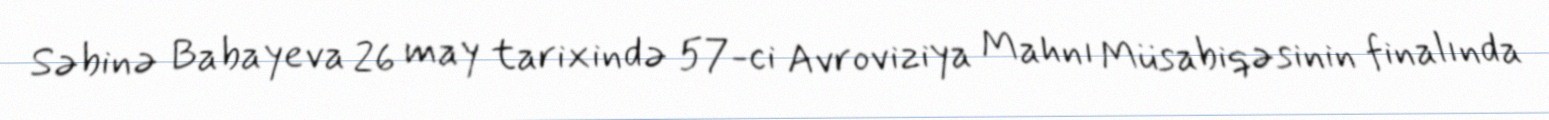
Səbinə Babayeva 26 may tarixində 57-ci Avroviziya Mahnı Müsabiqəsinin finalında